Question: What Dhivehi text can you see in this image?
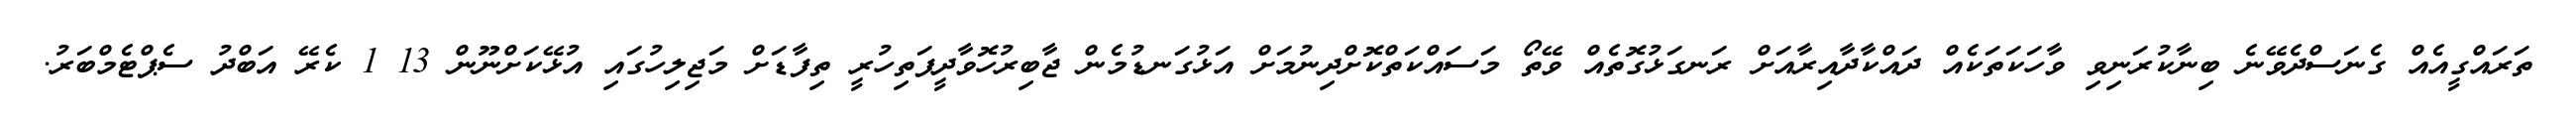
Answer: ތަރައްގީއެއް ގެނަސްދެވޭނެ ބިނާކުރަނިވި ވާހަކަތަކެއް ދައްކާދާއިރާއަށް ރަނގަޅުގޮތެއް ވޭތޯ މަސައްކަތްކޮށްދިނުމަށް އަޅުގަނޑުމެން ޖާބިރުހޮވާދީފަތިހުރީ ތިފާޑަށް މަޖިލިހުގައި އުޅޭކަށްނޫން 13 1 ކެރޭ އަބްދު ސެޕްޓެމްބަރު.